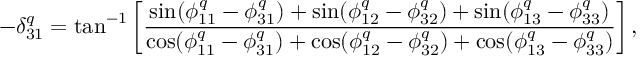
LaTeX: - \delta _ { 3 1 } ^ { q } = \tan ^ { - 1 } \left[ \displaystyle { \frac { \sin ( \phi _ { 1 1 } ^ { q } - \phi _ { 3 1 } ^ { q } ) + \sin ( \phi _ { 1 2 } ^ { q } - \phi _ { 3 2 } ^ { q } ) + \sin ( \phi _ { 1 3 } ^ { q } - \phi _ { 3 3 } ^ { q } ) } { \cos ( \phi _ { 1 1 } ^ { q } - \phi _ { 3 1 } ^ { q } ) + \cos ( \phi _ { 1 2 } ^ { q } - \phi _ { 3 2 } ^ { q } ) + \cos ( \phi _ { 1 3 } ^ { q } - \phi _ { 3 3 } ^ { q } ) } } \right] ,